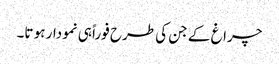
چراغ کے جن کی طرح فوراً ہی نمودار ہو تا۔